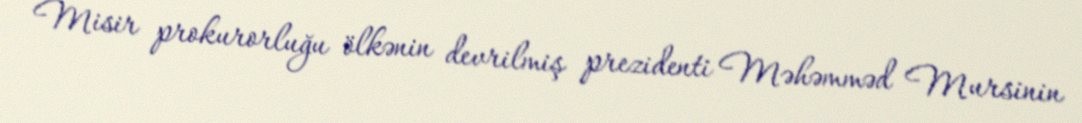
Misir prokurorluğu ölkənin devrilmiş prezidenti Məhəmməd Mursinin